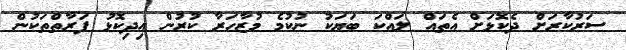
ސަރުކާރަށް ދެކޮޅަށް އެތައް ލައްކަ ބަޔަކު ނުކުމެ މުޒާހަރާ ކުރުން އިދިކޮޅު ފަރާތްތަކުން